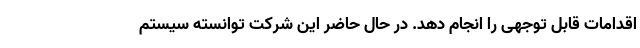
اقدامات قابل توجهی را انجام دهد. در حال حاضر این شرکت توانسته سیستم